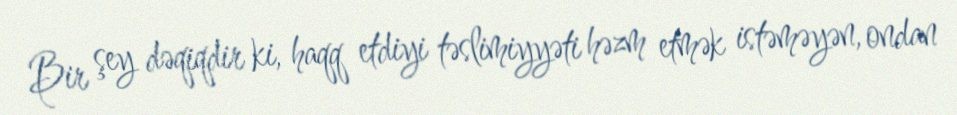
Bir şey dəqiqdir ki, haqq etdiyi təslimiyyəti həzm etmək istəməyən, ondan